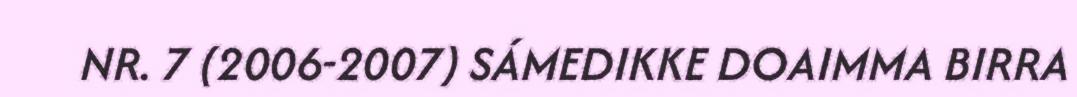
NR. 7 (2006-2007) SÁMEDIKKE DOAIMMA BIRRA